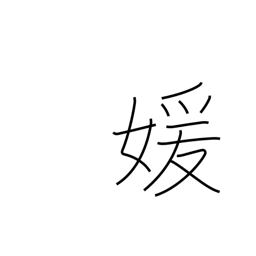
Meaning: beautiful woman